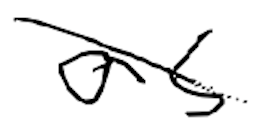
Text: as
Cross-out: diagonal
Writing tool: digital_black